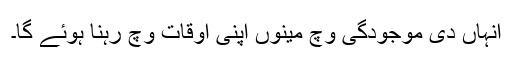
انہاں دی موجودگی وچ مینوں اپنی اوقات وچ رہنا ہوئے گا۔